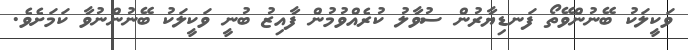
ވަކީލަކު ބޭނުންވޭތޯ ފަނޑިޔާރުން ސުވާލު ކުރެއްވުމުން ފާއިޒު ބުނީ ވަކީލަކު ބޭނުންނުވާ ކަމަށެވެ.